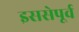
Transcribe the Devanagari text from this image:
इससेपूर्व